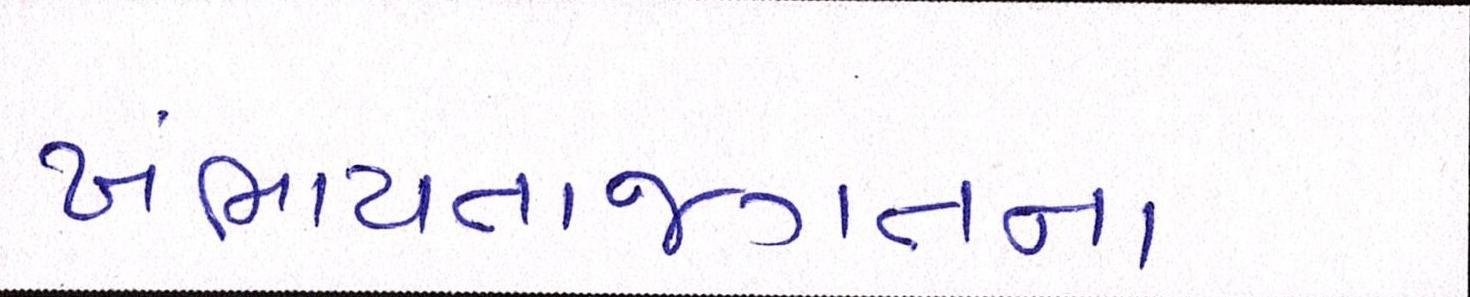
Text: ખંભાયતાજગતના